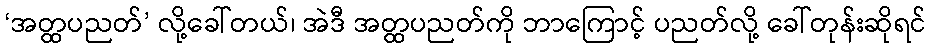
‘အတ္ထပညတ်’ လို့ခေါ်တယ်၊ အဲဒီ အတ္ထပညတ်ကို ဘာကြောင့် ပညတ်လို့ ခေါ်တုန်းဆိုရင်